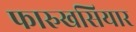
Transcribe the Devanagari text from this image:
फारुखसियार